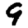
Digit: 9